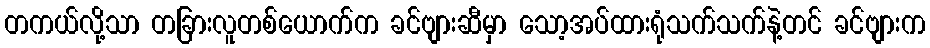
တကယ်လို့သာ တခြားလူတစ်ယောက်က ခင်ဗျားဆီမှာ သော့အပ်ထားရုံသက်သက်နဲ့တင် ခင်ဗျားက